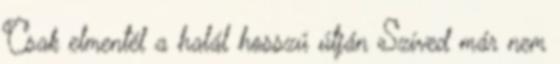
Csak elmentél a halál hosszú útján Szíved már nem